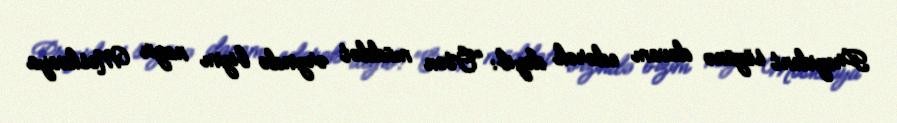
Prezident sözünə davam edərək deyib: “Ötən müddət ərzində bizim nazir Moskvaya